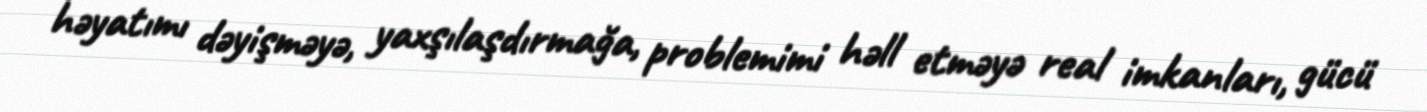
həyatımı dəyişməyə, yaxşılaşdırmağa, problemimi həll etməyə real imkanları, gücü